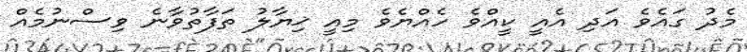
މެދު ގައެވެ އަދި އެއީ ކީއްވެ ހެއްޔެވެ މިއީ ޚިޔާލު ތަފާތުވާނެ ވިސްނުމެއް